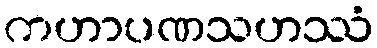
ကဟာပဏသဟဿံ